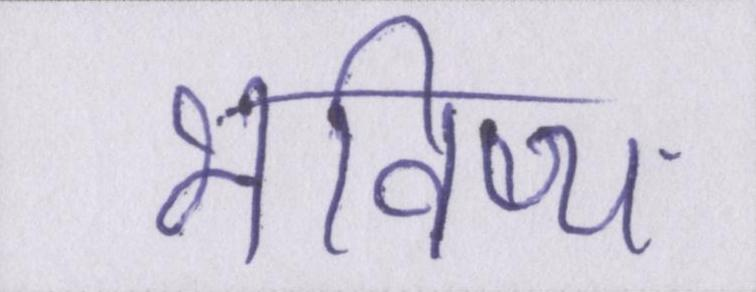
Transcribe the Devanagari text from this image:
भविष्य